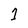
Character: 1